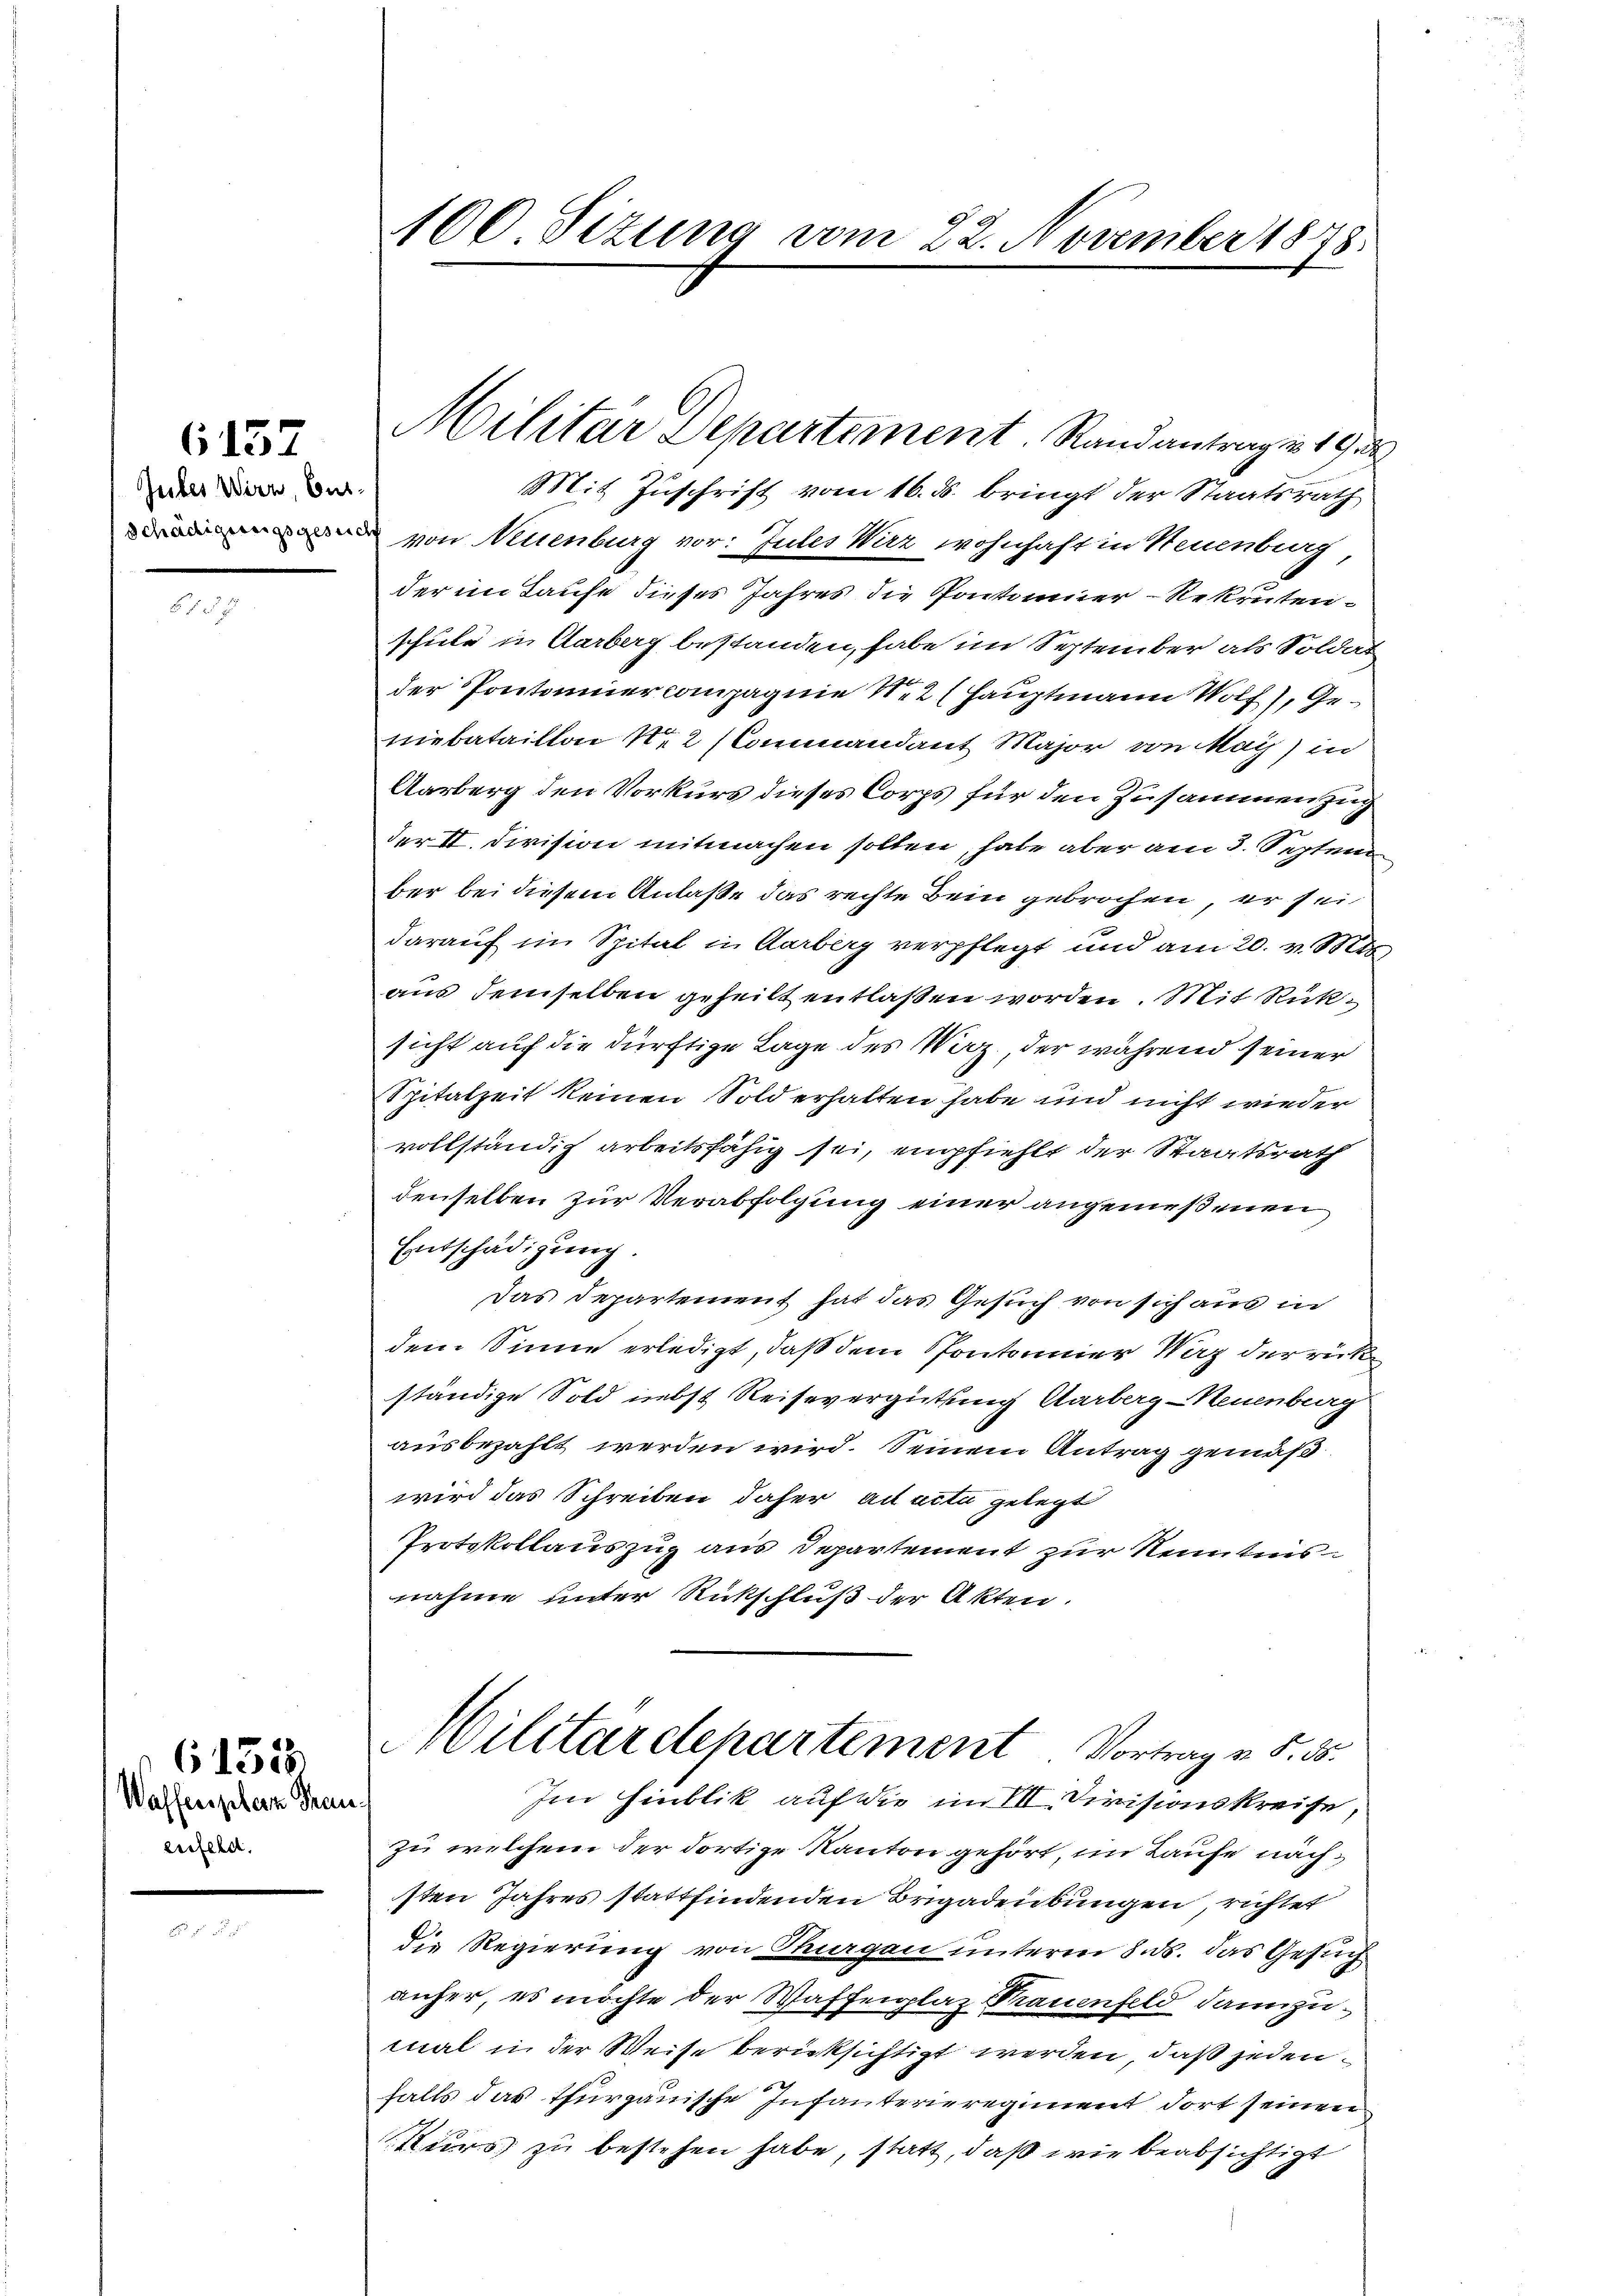
Gubes Wirz, Cur¬
Schädigungsgesuch

6157

Waffenphern Trauenfeld.

61513

100 Sizung vom 22. November 1848.

Mit Zuschrift vom 16. ds. bringt der Staatsrath
von Neuenburg vor: Jules Wirz wohnhaft in Neuenburg
der im Taufe dieses Jahres die Pontominer Rekruten
schule in Aarberg bestanden, habe im September als Soldat
der Pontoniercompagnie N. 2 (Hauptmann Wolf, Geniebataillon N. 2 (Commandant Major von May) in
Aarberg den Vorkurs dieses Corps für den Zusammen zug
der II. Division mitmachen sollen, habe aber am 3. Septem
ber bei diesem Anlaße das rechte Bein gebrochen, er sei
darauf im Spital in Aarberg verpflegt und am 20. v. Mts.
aus demselben geheilt entlaßen worden. Mit Rücksicht auf die dürftige Lage des Verz, der während seiner
Spitalzeit keinen Sold erhalten habe und nicht wieder
vollständig arbeitsfähig sei, empfiehlt der Staatsrath
denselben zur Verabfolgung einer angemeßenen
Entschädigung.
Das Departement hat das Gesuch von sich aus in
dem Sinne erledigt, daß dem Spontannier Waz derrücke
ständige Sold nebst Reisevergütung Aarberg-Neuenburg
ausbezahlt werden wird. Seinem Antrag gemäß
wird das Schreiben daher ad acta gelegt
Protokollauszug aus Departement zur Kenntnisnahme unter Rückschluß der Akten.
Militärdepartement Vortrag u. S. 55.
Im Hinblik auf die im III. Divisionskreise,
zu welchem der dortige Kanton gehört, im Laufe nächsten Jahres stattfindenden Brigadenbungen, richtet
die Regierung von Thurgau unterm 8. ds. das Gesuch
anfer, es möchte der Waffenplaz Trauenfeld dannzumal in der Weise berücksichtigt werden, daß jedenfalls das Thurgauische Infanterieregiment dort seinen
Kurs zu bestehen habe, statt, daß wie beabsichtigt

Militar Departement. Standantrage 19 d